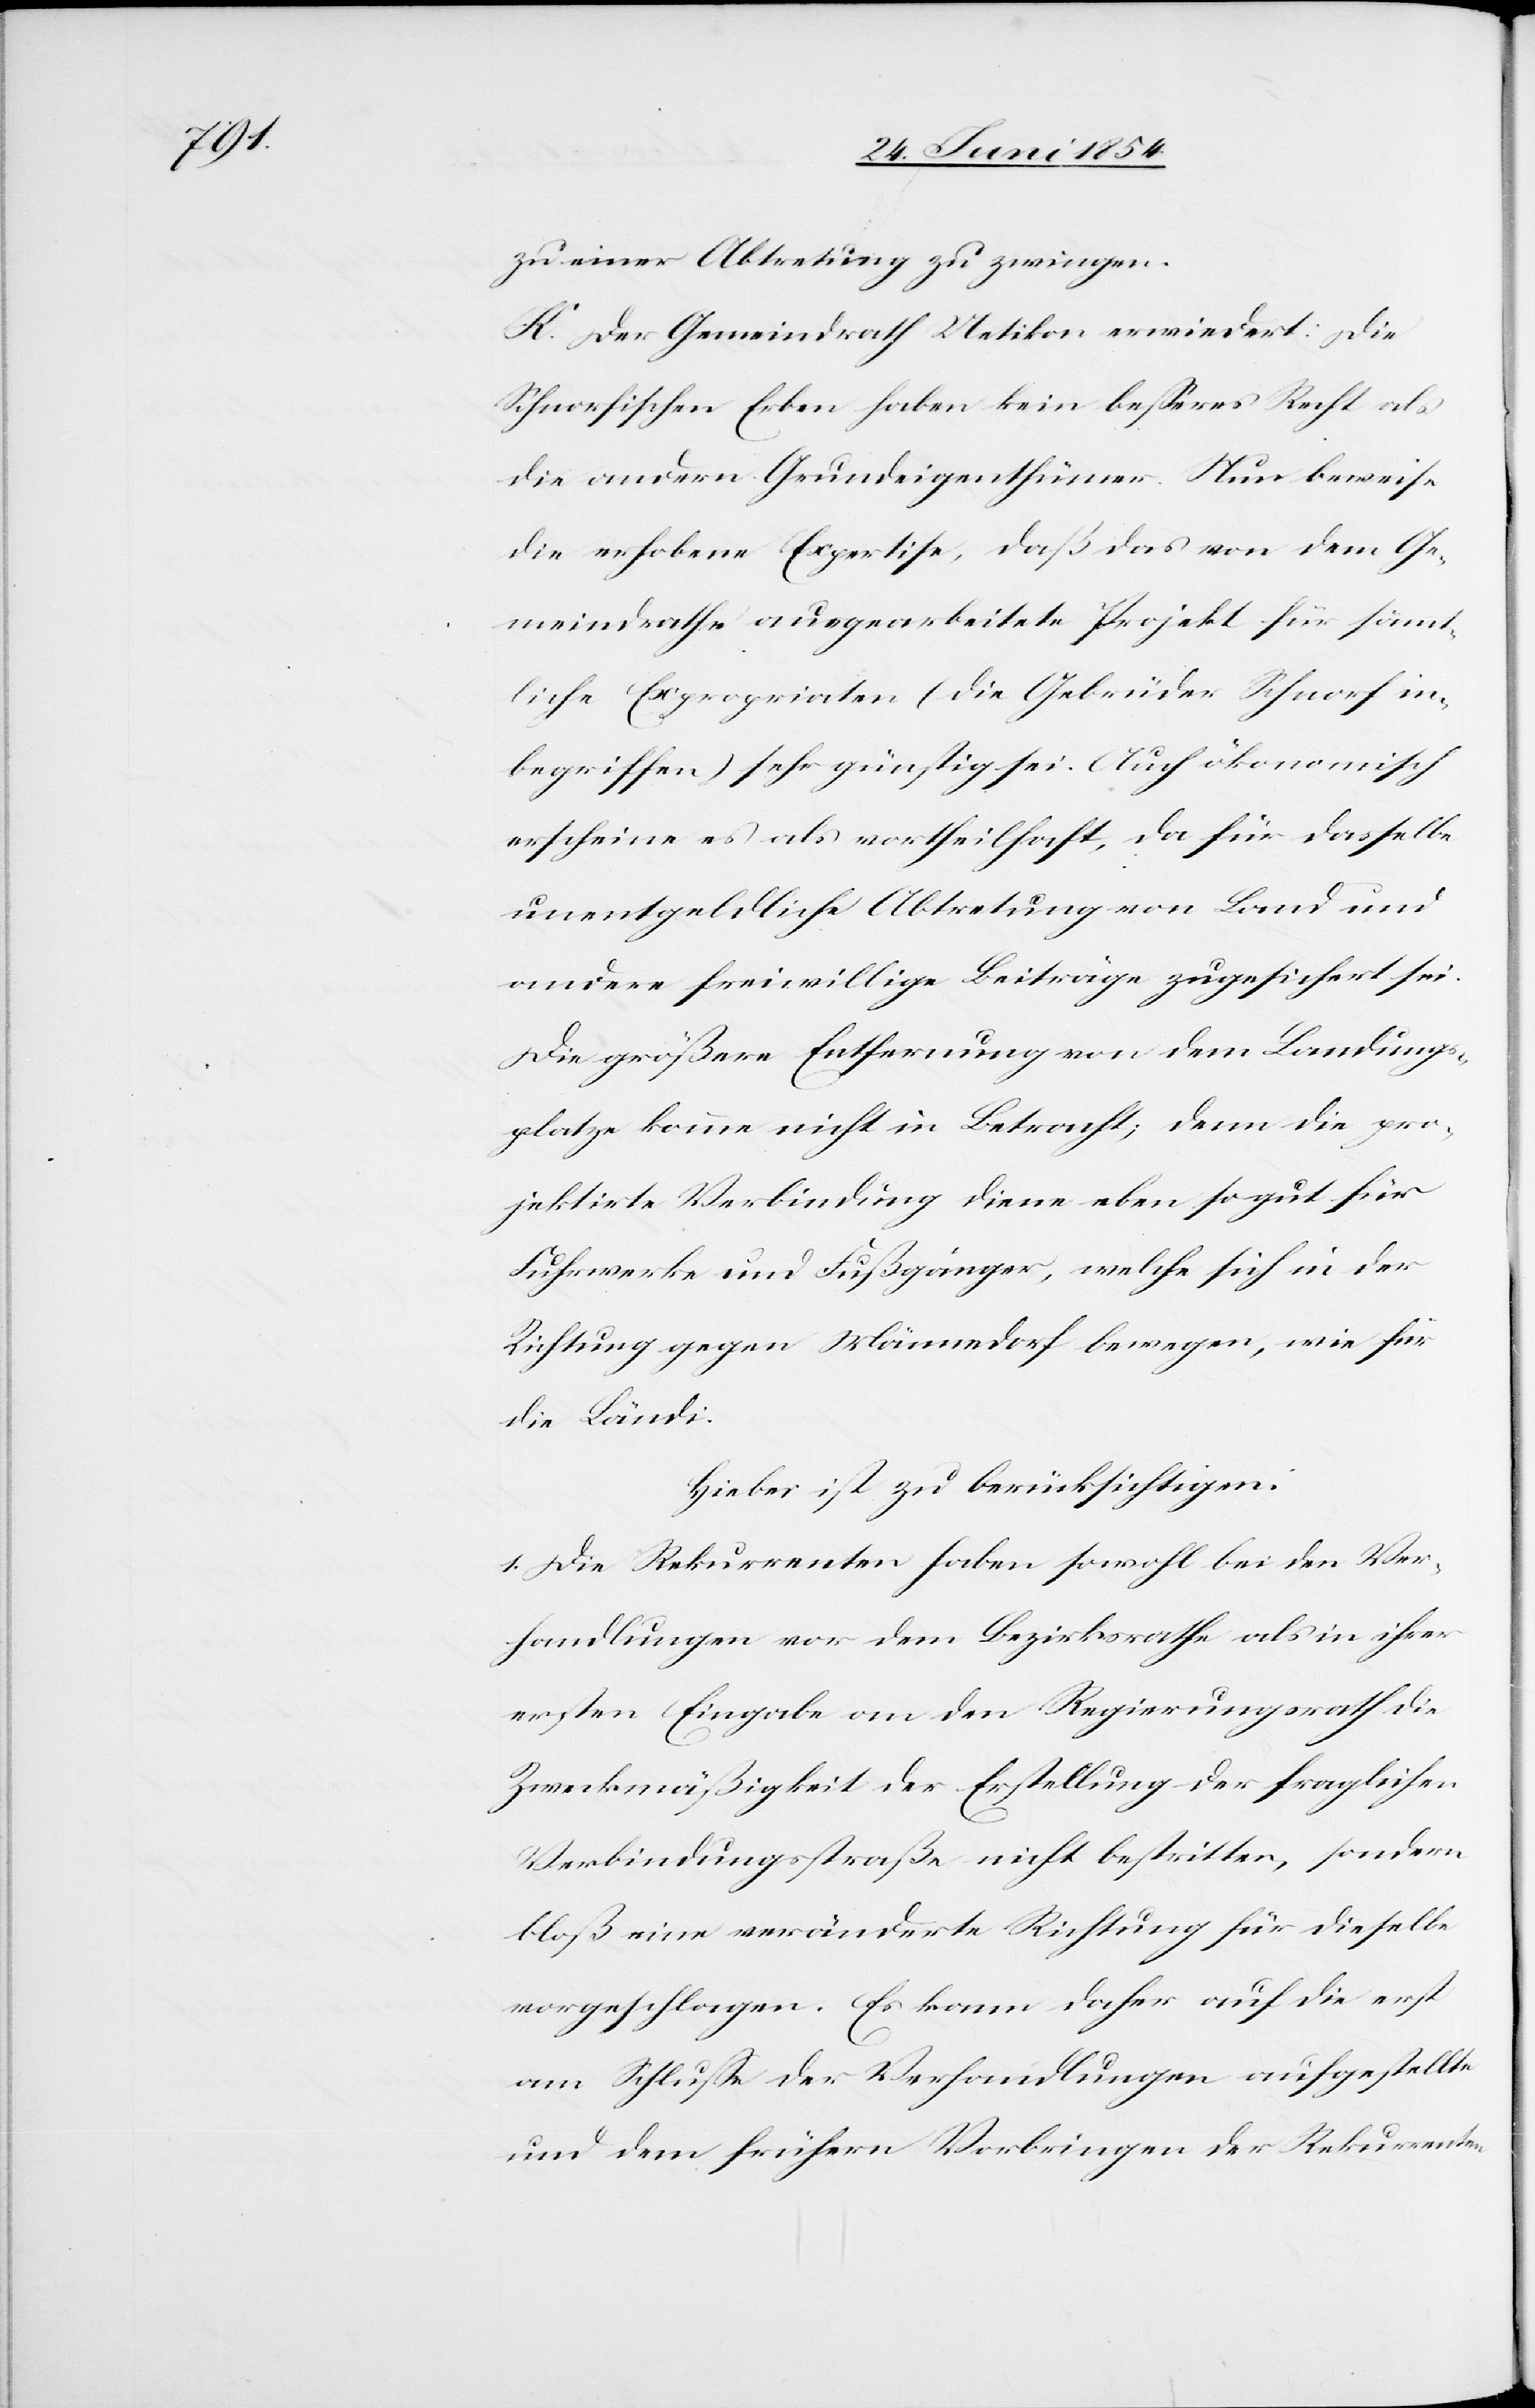
zu einer Abtretung zu zwingen.
K. Der Gemeindrath Uetikon erwiedert: Die
Schnorfischen Erben haben kein beßeres Recht als
die anderen Grundeigenthümer. Nun beweise
die erhobene Expertise, daß das von dem Ge¬
meindrathe ausgearbeitete Projekt für sämmt¬
liche Expropriaten (die Gebrüder Schnorf in¬
begriffen) sehr günstig sei. Auch ökonomisch
erscheine es als vortheilhaft, da für dasselbe
unentgeldliche Abtretung von Land und
andere freiwillige Beiträge zugesichert sei.
Die größere Entfernung von dem Landungs¬
platze komme nicht in Betracht; denn die pro¬
jektirte Verbindung diene eben so gut für
Fuhrwerke und Fußgänger, welche sich in der
Richtung gegen Männedorf bewegen, wie für
die Ländi.
Hiebei ist zu berücksichtigen:
1. Die Rekurrenten haben sowohl bei den Ver¬
handlungen vor dem Bezirksrathe als in ihrer
ersten Eingabe an den Regierungsrath die
Zweckmäßigkeit der Erstellung der fraglichen
Verbindungsstraße nicht bestritten, sondern
bloß eine veränderte Richtung für dieselbe
vorgeschlagen. Es kann daher auf die erst
am Schluße der Verhandlungen aufgestellte
und dem frühern Vorbringen der Rekurrenten